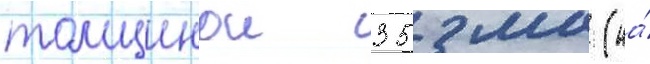
толщинои 35 мм (на́